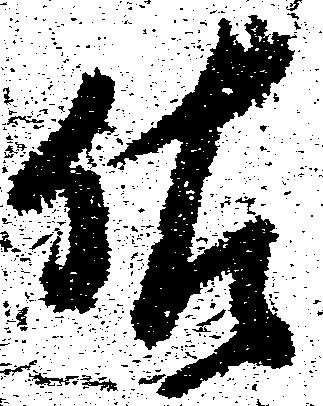
佐